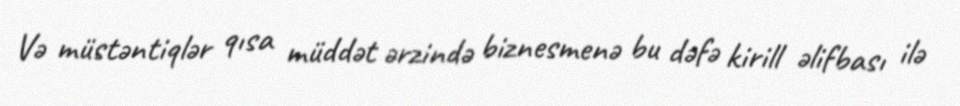
Və müstəntiqlər qısa müddət ərzində biznesmenə bu dəfə kirill əlifbası ilə